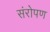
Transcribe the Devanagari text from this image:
संरोपण